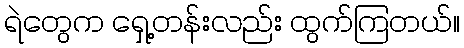
ရဲတွေက ရှေ့တန်းလည်း ထွက်ကြတယ်။